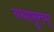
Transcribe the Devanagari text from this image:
यथाश्रुतम्